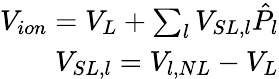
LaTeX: \begin{array}{r}{V_{ion}=V_{L}+\sum_{l}V_{SL,l}\hat{P}_{l}}\\ {V_{SL,l}=V_{l,NL}-V_{L}}\end{array}